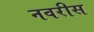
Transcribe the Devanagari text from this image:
नवरीस